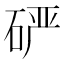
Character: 𰦾